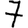
Digit: 7